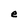
Character: e